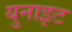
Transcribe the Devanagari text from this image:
युनाइट